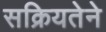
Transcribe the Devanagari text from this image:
सक्रियतेने